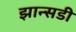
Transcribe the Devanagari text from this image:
झान्सडी